Indian journal of veterinary science and animal husbandry - Volume 14,
Year: 1944
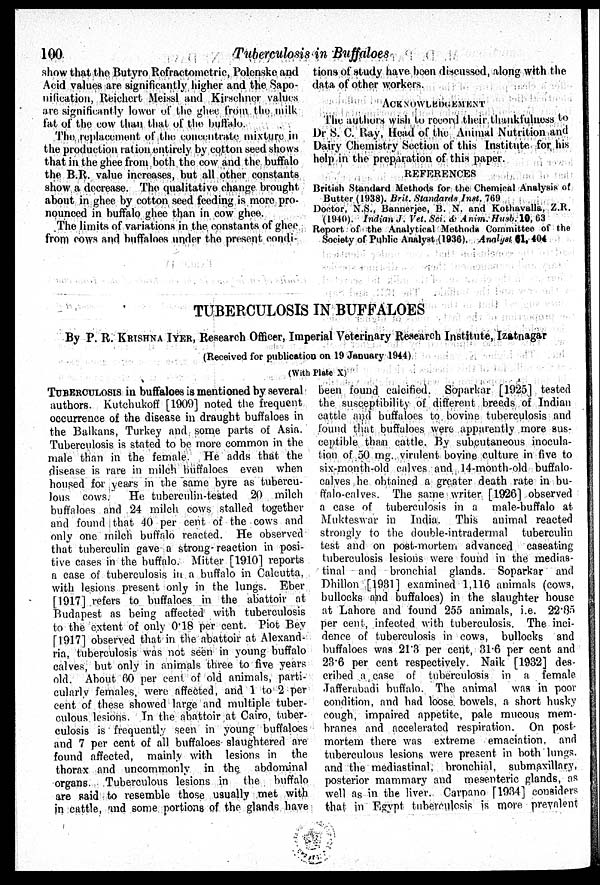
100
Tuberculosis in Buffaloes
show that the Butyro Refractometric, Polenske and
Acid values are significantly higher and the Sapo-
nification, Reichert Meissl and Kirschner values
are significantly lower of the ghee from the milk
fat of the cow than that of the buffalo.
The replacement of the concentrate mixture in
the production ration entirely by cotton seed shows
that in the ghee from both the cow and the buffalo
the B.R. value increases, but all other constants
show a decrease. The qualitative change brought
about in ghee by cotton seed feeding is more pro-
nounced in buffalo ghee than in cow ghee.
The limits of variations in the constants of ghee
from cows and buffaloes under the present condi-
tions of study have been discussed, along with the
data of other workers.
ACKNOWLEDGEMENT
The authors wish to record their thankfulness to
Dr S. C. Ray, Head of the Animal Nutrition and
Dairy Chemistry Section of this Institute for his
help in the preparation of this paper.
REFERENCES
British Standard Methods for the Chemical Analysis of
Butter (1938). Brit. Standards Inst. 769
Doctor, N.S., Bannerjee, B. N. and Kothavalla, Z.R.
(1940). Indian J. Vet. Sci. & Anim. Husb. 10, 63
Report of the Analytical Methods Committee of the
Society of Public Analyst (1936). Analyst 61, 404
TUBERCULOSIS IN BUFFALOES
By P. R. KRISHNA IYER, Research Officer, Imperial Veterinary Research Institute, Izatnagar
(Received for publication on 19 January 1944)
(With Plate X)
TUBERCULOSIS in buffaloes is mentioned by several
authors. Kutchukoff [1909] noted the frequent
occurrence of the disease in draught buffaloes in
the Balkans, Turkey and some parts of Asia.
Tuberculosis is stated to be. more common in the
male than in the female. He adds that the
disease is rare in milch buffaloes even when
housed for years in the same byre as tubercu-
lous cows. He tuberculin-tested 20 milch
buffaloes and 24 milch cows stalled together
and found that 40 per cent of the cows and
only one milch buffalo reacted. He observed
that tuberculin gave a strong reaction in posi-
tive cases in the buffalo. Mitter [1910] reports
a case of tuberculosis in a buffalo in Calcutta,
with lesions present only in the lungs. Eber
[1917] refers to buffaloes in the abattoir at
Budapest as being affected with tuberculosis
to the extent of only 0.18 per cent. Piot Bey
[1917] observed that in the abattoir at Alexand-
ria, tuberculosis was not seen in young buffalo
calves, but only in animals three to five years
old. About 60 per cent of old animals, parti-
cularly females, were affected, and 1 to 2 per
cent of these showed large and multiple tuber-
culous lesions. In the abattoir at Cairo, tuber-
culosis is frequently seen in young buffaloes
and 7 per cent of all buffaloes slaughtered are
found affected, mainly with lesions in the
thorax and uncommonly in the abdominal
organs. Tuberculous lesions in the buffalo
are said to resemble those usually met with
in cattle, and some portions of the glands have
been found calcified. Soparkar [1925] tested
the susceptibility of different breeds of Indian
cattle and buffaloes to bovine tuberculosis and
found that buffaloes were apparently more sus-
ceptible than cattle. By subcutaneous inocula-
tion of 50 mg. virulent bovine culture in five to
six-month-old calves and 14-month-old buffalo-
calves he obtained a greater death rate in bu-
ffalo-calves. The same writer [1926] observed
a case of tuberculosis in a male-buffalo at
Mukteswar in India. This animal reacted
strongly to the double-intradermal tuberculin
test and on post-mortem advanced caseating
tuberculosis lesions were found in the medias-
tinal and bronchial glands. Soparkar and
Dhillon [1931] examined 1,116 animals (cows,
bullocks and buffaloes) in the slaughter house
at Lahore and found 255 animals, i.e. 22.05
per cent, infected with tuberculosis. The inci-
dence of tuberculosis in cows, bullocks and
buffaloes was 21.3 per cent, 31.6 per cent and
23.6 per cent respectively. Naik [1932] des-
cribed a case of tuberculosis in a female
Jafferabadi buffalo. The animal was in poor
condition, and had loose bowels, a short husky
cough, impaired appetite, pale mucous mem-
branes and accelerated respiration. On post-
mortem there was extreme emaciation, and
tuberculous lesions were present in both lungs,
and the mediastinal, bronchial, submaxillary,
posterior mammary and mesenteric glands, as
well as in the liver. Carpano [1934] considers
that in Egypt tuberculosis is more prevalent